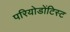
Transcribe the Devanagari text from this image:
परियोडोंटिस्ट